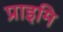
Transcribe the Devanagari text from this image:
प्राइमि